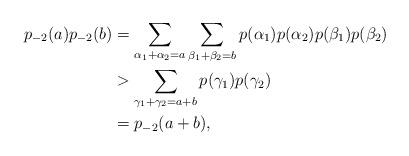
LaTeX: \begin{align*}p_{-2}(a)p_{-2}(b) &=\sum_{\alpha_{1}+\alpha_{2}=a}\sum_{\beta_{1}+\beta_{2}=b}p(\alpha_{1})p(\alpha_{2})p(\beta_{1})p(\beta_{2})\\&> \sum_{\gamma_{1}+\gamma_{2}=a+b}p(\gamma_{1})p(\gamma_{2})\\&=p_{-2}(a+b),\end{align*}